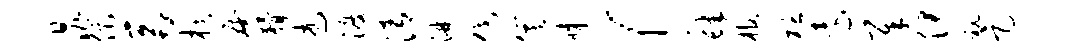
晁促鬲棋庵猾述渡清淋伐箕睇！肆棺栝远犀伊秘足